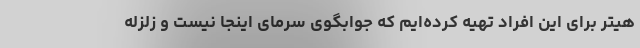
هیتر برای این افراد تهیه کرده‌ایم که جوابگوی سرمای اینجا نیست و زلزله